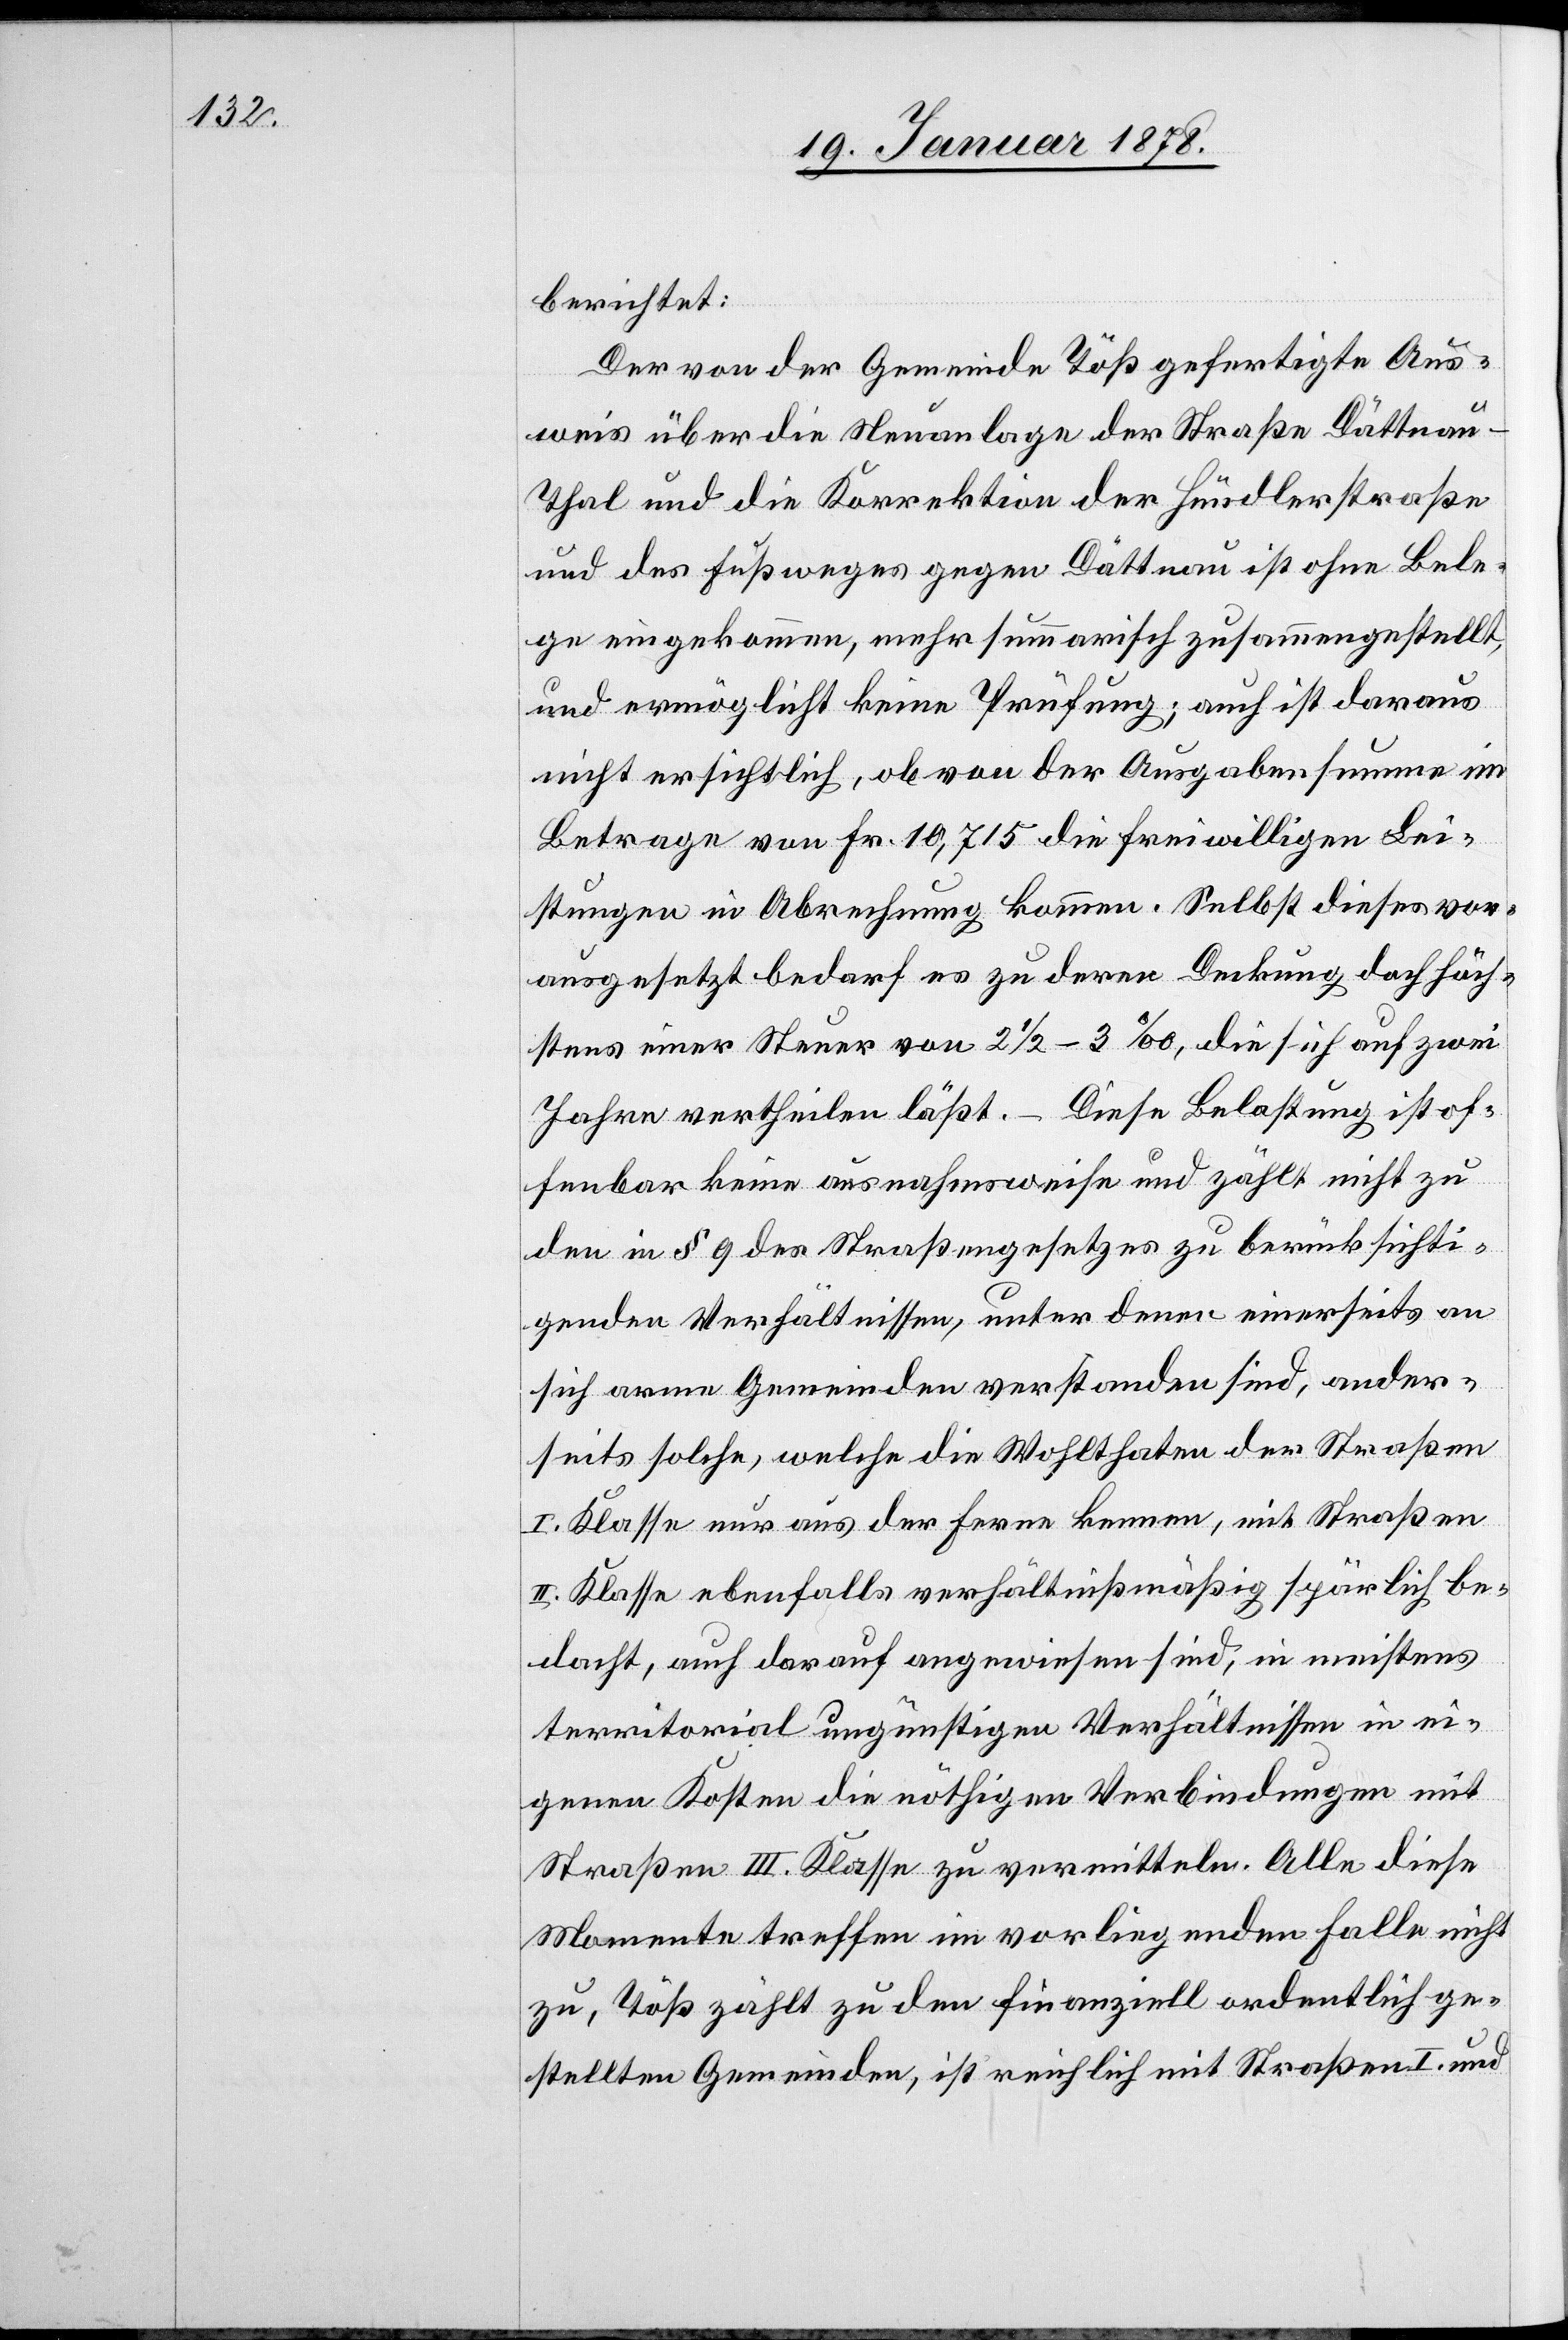
berichtet:
Der von der Gemeinde Töß gefertigte Aus¬
weis über die Steuerlage der Straße Dättna¬
u–Thal und die Korrektion der Hündlerstraße
und des Fußweges gegen Dättnau ist ohne Bele¬
ge eingekommen, mehr summarisch zusammengestellt,
und ermöglicht keine Prüfung; auch ist daraus
nicht ersichtlich, ob von der Ausgabensumme im
Betrage von Fr. 10,715 die freiwilligen Lei¬
stungen in Abrechnung kommen. Selbst dieses vor¬
ausgesetzt bedarf es zu deren Deckung doch höch¬
stens einer Steuer von 2 1/2 – 3‰, die sich auf zwei
Jahre vertheilen läßt. Diese Belastung ist of¬
fenbar keine ausnahmsweise und zählt nicht zu
den in § 9 des Straßengesetzes zu berücksichti¬
genden Verhältnissen, unter denen einerseits an
sich arme Gemeinden verstanden sind, ander¬
seits solche, welche die Wohlthaten der Straßen
I. Klasse nur aus der Ferne kennen, mit Straßen
II. Klasse ebenfalls verhältnißmäßig spärlich be¬
dacht, auch darauf angewiesen sind, in meistens
territorial ungünstigen Verhältnissen in ei¬
genen Kosten die nöthigen Verbindungen mit
Straßen III. Klasse zu vermitteln. Alle diese
Momente treffen im vorliegenden Falle nicht
zu, Töß zählt zu den finanziell ordentlich ge¬
stellten Gemeinden, ist reichlich mit Straßen I. und